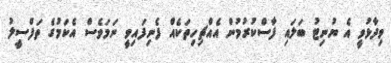
ވިދާޅުވީ އެ ޔުނިޓު ބަލައި ފާސްކުރުމުން އެއްޗިހިތަކެއް ފެނިފައިވީ ނަމަވެސް އެކަމުގެ ތަފްސީލު